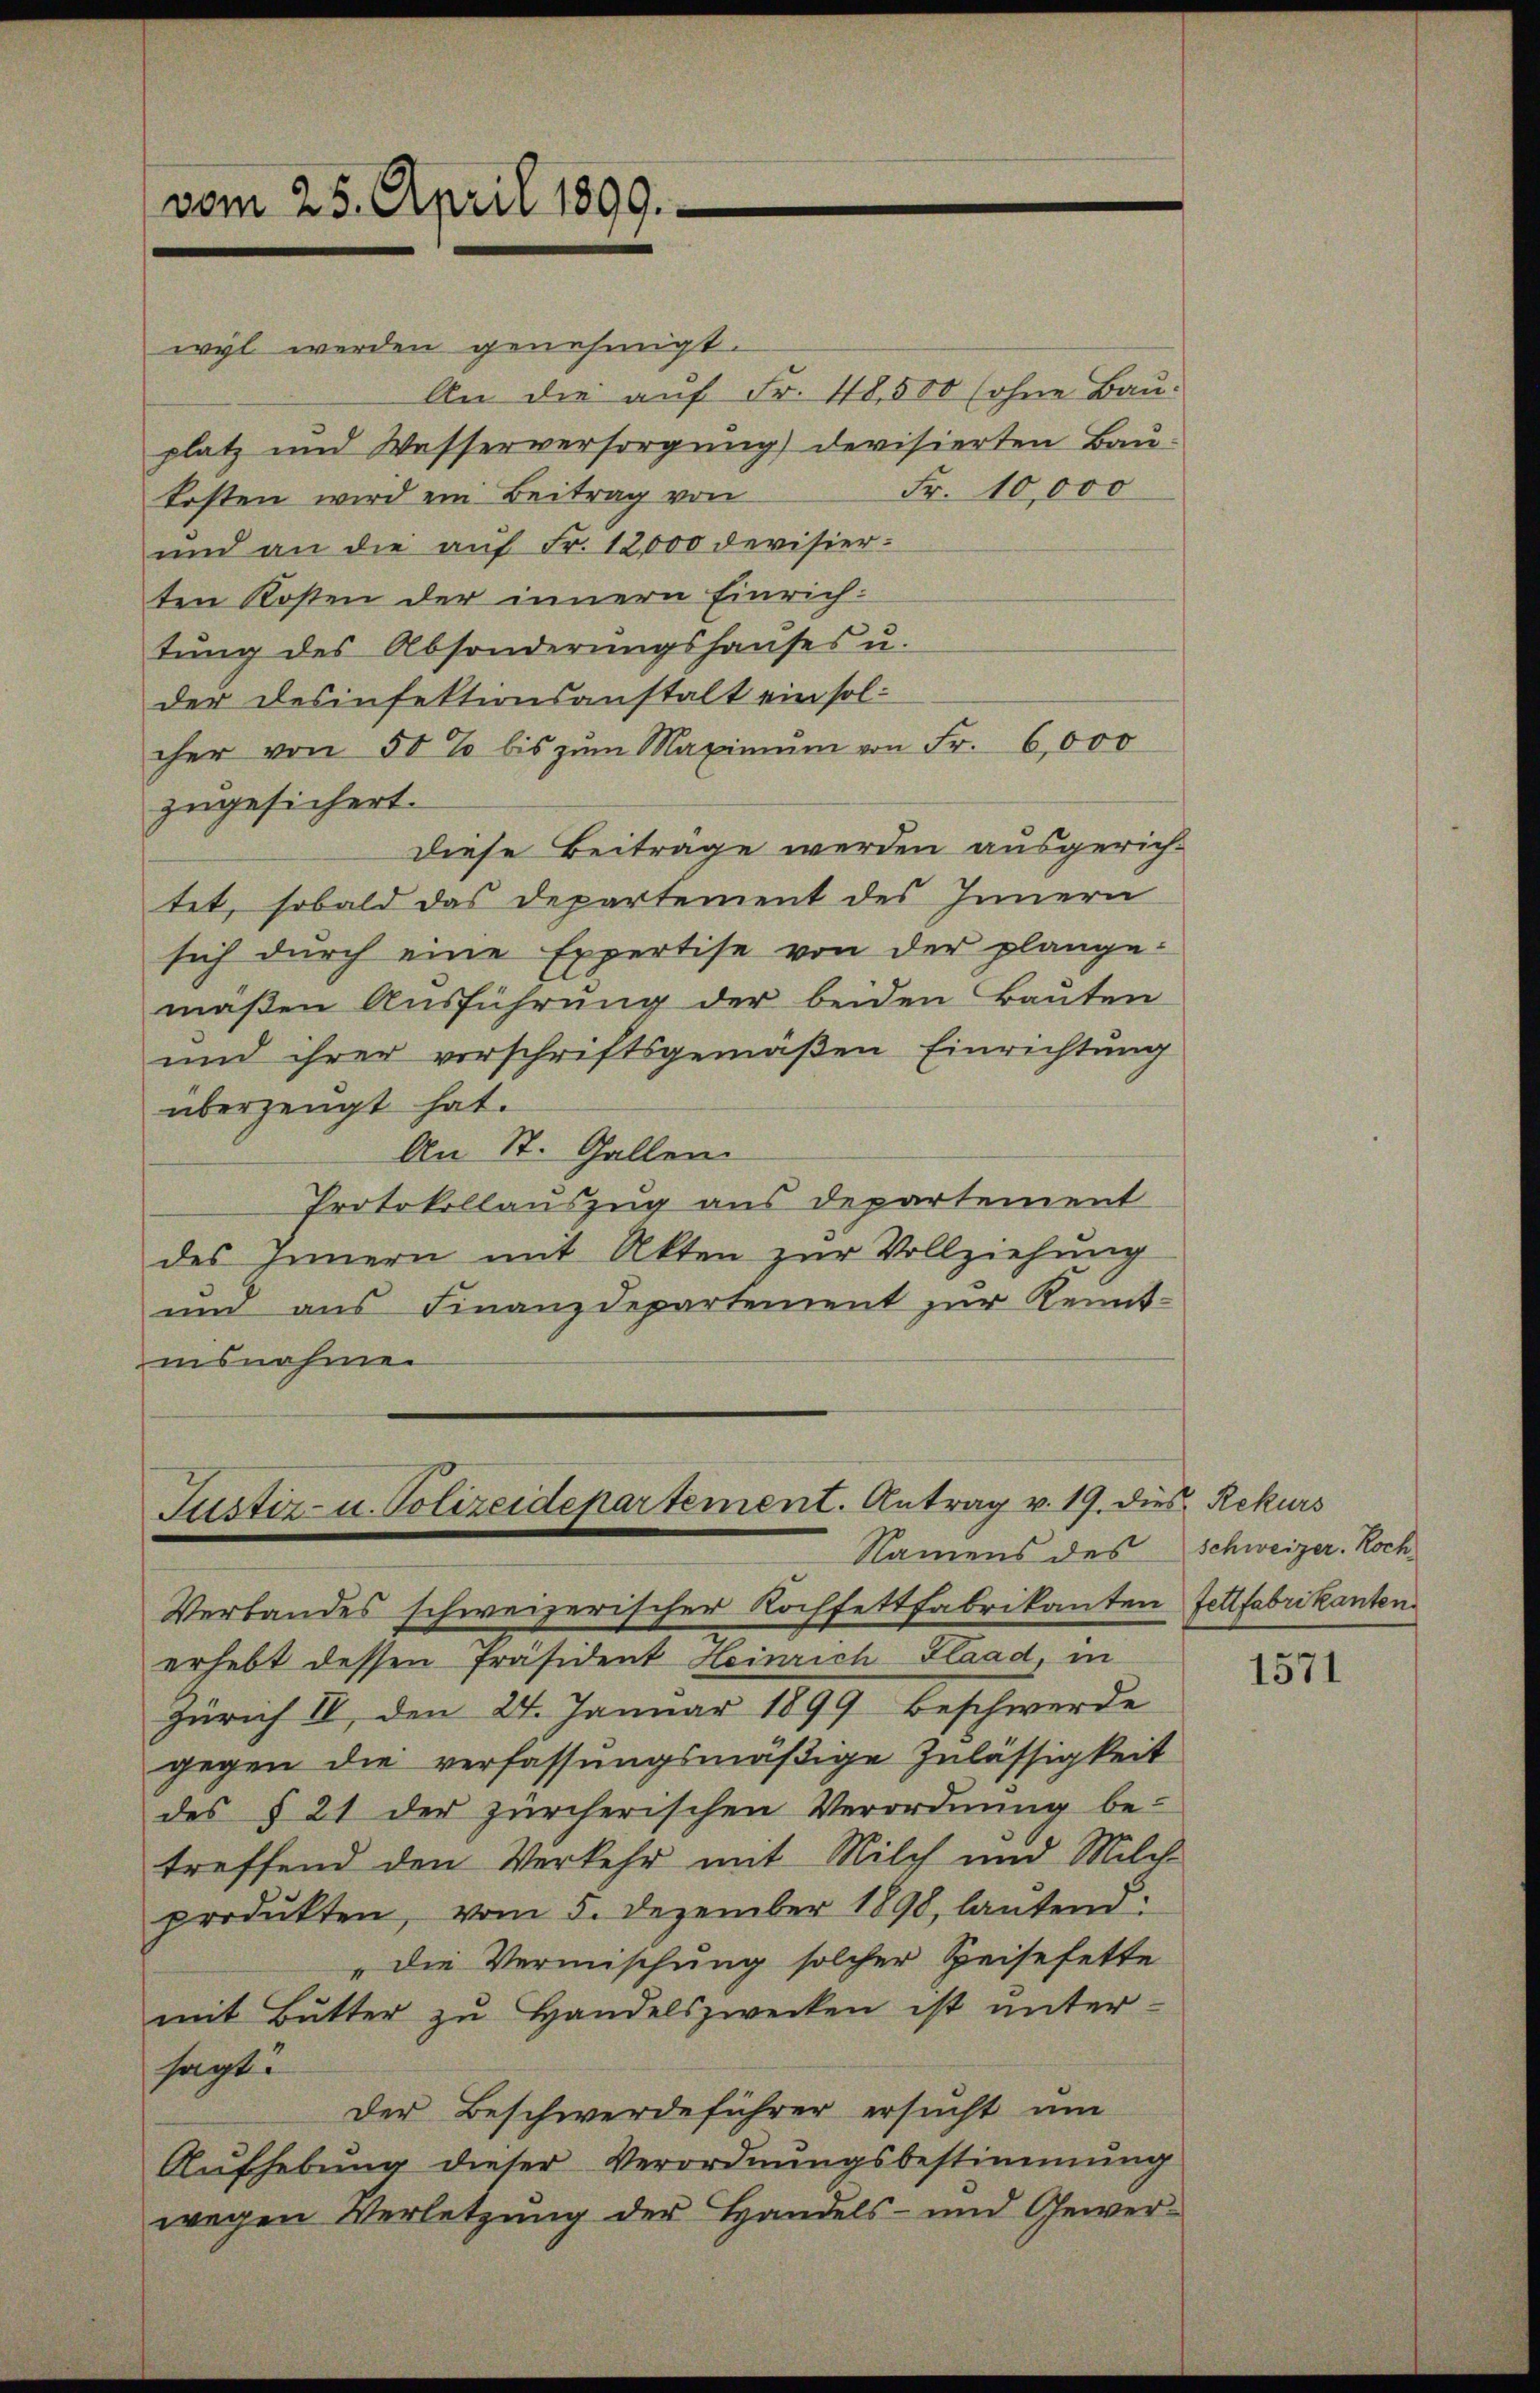
wyl werden genehmigt.
An die auf Fr. 48,500 (ohne Bauplatz und Wesserversorgung) devisierten Bau¬
Fr. 10,000
kosten wird ein Beitrag von
und an die aŭf Fr. 12,000 devisier-
ten Kosten der innern Einrichtŭng des Absonderŭngshaŭses u.
der desinfektionsanstalt ein sol-
cher von 50 % bis zŭm Maximŭm von Fr. 6,000
zugesichert.
Diese Beiträge werden ausgerich-
tet, sobald das Departement des Innern
sich durch eine Expertise von der plange-
mäßen Ausführung der beiden Bauten
und ihrer verschriftsgemäßen Einrichtung
überzeugt hat.
An St. Gallen
Protokollauszug aus Departement
des Innern mit Akten zur Vollziehung
um aus Finanzdepartement zur Kenntinsnahme

vom 25. April 1899.

Justiz- u. Polizeidepartement. Antrag v. 19. die
Namens des

Verbandes schweizerischer Kochfettfabrikanten Fettfabrikanten
erhebt dessen Präsident Heinrich Flaad, in
Zürich IV, den 24. Januar 1899 beschwerde
gegen die verfassungsmäßige Zulässigkeit
des § 21 der zürcherischen Verordnung be-
treffend den Verkehr mit Milch und Milch-
produkten, vom 5. Dezember 1890, lautend:
„die Vermischung solcher Speisefette
mit Butter zŭ Handelszwecken ist ŭnter-
sagt:
Der Beschwerdeführer ersucht um
Aufhebung dieser Verordnungsbestimmung
wegen Verletzung der Handels- und Gewer¬

Rekurs
schweizer. Koch

1571